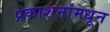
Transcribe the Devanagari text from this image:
प्रकाशनांमधून